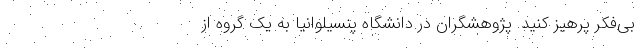
بی‌فکر پرهیز کنید. پژوهشگران در دانشگاه پنسیلوانیا به یک گروه از